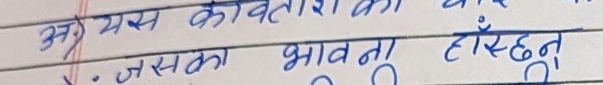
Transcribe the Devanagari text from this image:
३१) यस कवितांशका
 • जसका भावना हाँस्छन् ।